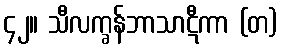
၄၂။ သီလက္ခန်ဘာသာဋီကာ (တ)